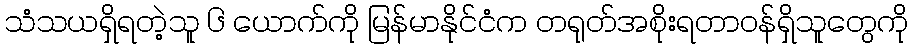
သံသယရှိရတဲ့သူ ၆ ယောက်ကို မြန်မာနိုင်ငံက တရုတ်အစိုးရတာဝန်ရှိသူတွေကို